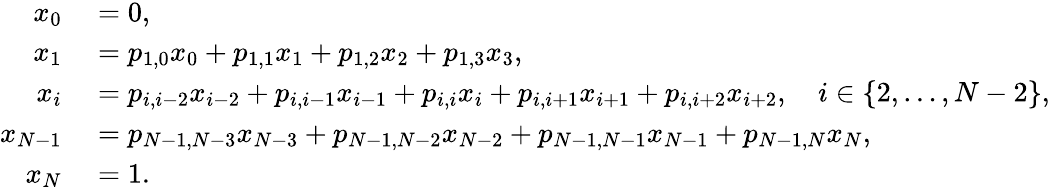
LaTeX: \begin{array}{rl}{x_{0}}&{{}=0,}\\ {x_{1}}&{{}=p_{1,0}x_{0}+p_{1,1}x_{1}+p_{1,2}x_{2}+p_{1,3}x_{3},}\\ {x_{i}}&{{}=p_{i,i-2}x_{i-2}+p_{i,i-1}x_{i-1}+p_{i,i}x_{i}+p_{i,i+1}x_{i+1}+p_{i,i+2}x_{i+2},\quad i\in\{ 2,\ldots,N-2\} ,}\\ {x_{N-1}}&{{}=p_{N-1,N-3}x_{N-3}+p_{N-1,N-2}x_{N-2}+p_{N-1,N-1}x_{N-1}+p_{N-1,N}x_{N},}\\ {x_{N}}&{{}=1.}\end{array}